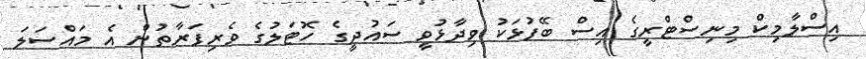
އިސްލާމިކް މިނިސްޓްރީގެ އިސް ބޭފުޅަކު ވިދާޅުވީ ސައުދީގެ ހޮޓަލުގެ ވެރިފަރާތުން އެ މައްސަލަ